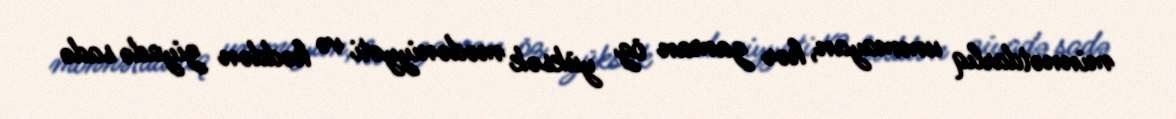
minnətdarlıq ummayan, hər zaman öz yüksək mədəniyyəti və həddən ziyadə sadə